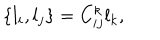
LaTeX: \{ l _ { i } , l _ { j } \} = C _ { i j } ^ { k } l _ { k } ,